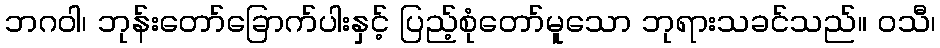
ဘဂဝါ၊ ဘုန်းတော်ခြောက်ပါးနှင့် ပြည့်စုံတော်မူသော ဘုရားသခင်သည်။ ဝသီ၊